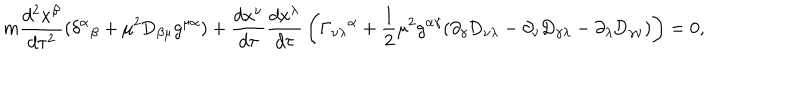
LaTeX: m { \frac { d ^ { 2 } x ^ { \beta } } { d \tau ^ { 2 } } } ( \delta ^ { \alpha } { } _ { \beta } + \mu ^ { 2 } \mathrm { D } _ { \beta \mu } g ^ { \mu \alpha } ) + { \frac { d x ^ { \nu } } { d \tau } } { \frac { d x ^ { \lambda } } { d \tau } } \left( \Gamma _ { \nu \lambda } { } ^ { \alpha } + \frac { 1 } { 2 } \mu ^ { 2 } g ^ { \alpha \gamma } ( \partial _ { \gamma } \mathrm { D } _ { \nu \lambda } - \partial _ { \nu } \mathrm { D } _ { \gamma \lambda } - \partial _ { \lambda } \mathrm { D } _ { \gamma \nu } ) \right) = 0 ,